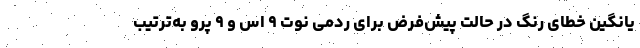
یانگین خطای رنگ در حالت پیش‌فرض برای ردمی نوت ۹ اس و ۹ پرو به‌ترتیب